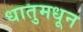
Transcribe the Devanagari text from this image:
धातुमधून